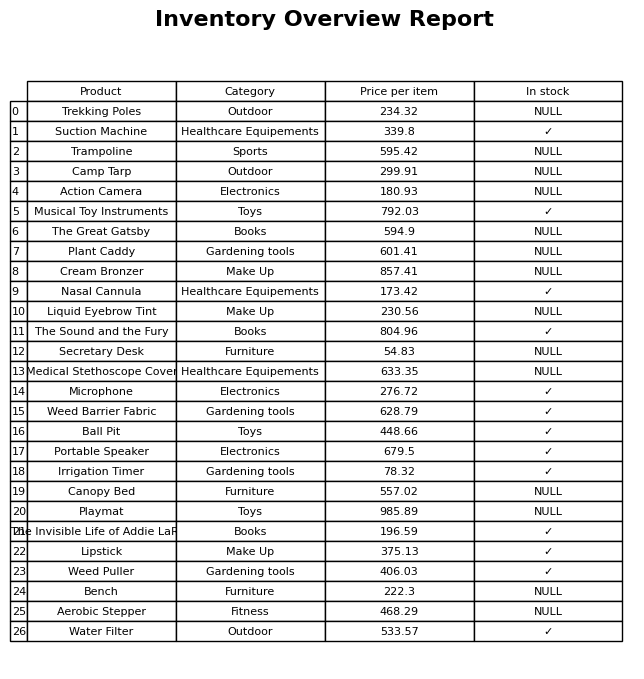
question: What is the price for Bench?
answer: The price of Bench is 222.3.